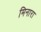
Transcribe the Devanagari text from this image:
मिनारा